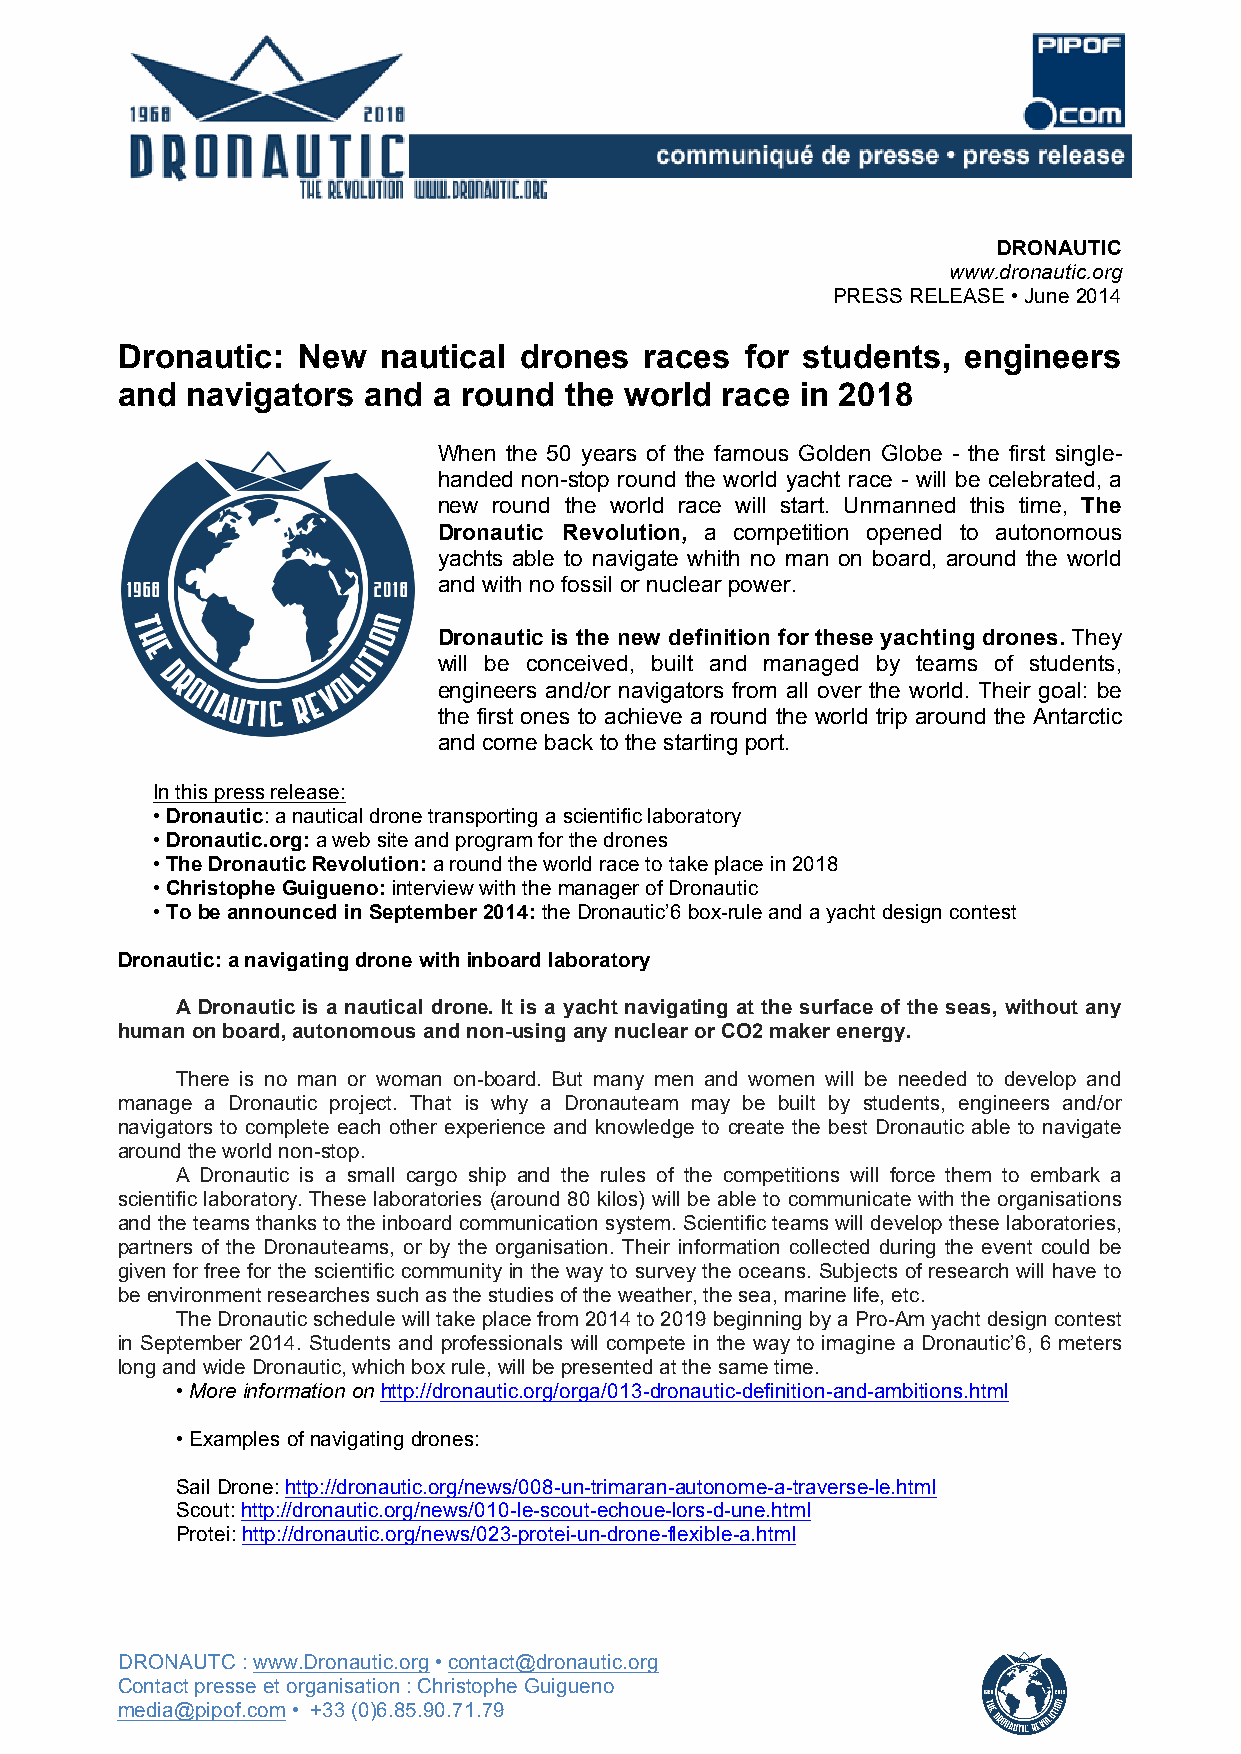
DRONAUTIC
 www.dronautic.org
 PRESS RELEASE • June 2014
 Dronautic:  New  nautical drones   races for students,  engineers
 and navigators  and  a round the world  race in 2018
 When the 50 years of the famous Golden Globe - the first single-
 handed non-stop round the world yacht race - will be celebrated, a
 new round the world race will start. Unmanned this time, The
 Dronautic Revolution, a competition opened to autonomous
 yachts able to navigate whith no man on board, around the world
 and with no fossil or nuclear power.
 Dronautic is the new definition for these yachting drones. They
 will be conceived, built and managed by teams of students,
 engineers and/or navigators from all over the world. Their goal: be
 the first ones to achieve a round the world trip around the Antarctic
 and come back to the starting port.
 In this press release:
 • Dronautic: a nautical drone transporting a scientific laboratory
 • Dronautic.org: a web site and program for the drones
 • The Dronautic Revolution: a round the world race to take place in 2018
 • Christophe Guigueno: interview with the manager of Dronautic
 • To be announced in September 2014: the Dronautic’6 box-rule and a yacht design contest
 Dronautic: a navigating drone with inboard laboratory
 A Dronautic is a nautical drone. It is a yacht navigating at the surface of the seas, without any
 human on board, autonomous and non-using any nuclear or CO2 maker energy.
 There is no man or woman on-board. But many men and women will be needed to develop and
 manage a Dronautic project. That is why a Dronauteam may be built by students, engineers and/or
 navigators to complete each other experience and knowledge to create the best Dronautic able to navigate
 around the world non-stop.
 A Dronautic is a small cargo ship and the rules of the competitions will force them to embark a
 scientific laboratory. These laboratories (around 80 kilos) will be able to communicate with the organisations
 and the teams thanks to the inboard communication system. Scientific teams will develop these laboratories,
 partners of the Dronauteams, or by the organisation. Their information collected during the event could be
 given for free for the scientific community in the way to survey the oceans. Subjects of research will have to
 be environment researches such as the studies of the weather, the sea, marine life, etc.
 The Dronautic schedule will take place from 2014 to 2019 beginning by a Pro-Am yacht design contest
 in September 2014. Students and professionals will compete in the way to imagine a Dronautic’6, 6 meters
 long and wide Dronautic, which box rule, will be presented at the same time.
 • More information on http://dronautic.org/orga/013-dronautic-definition-and-ambitions.html
 • Examples of navigating drones:
 Sail Drone: http://dronautic.org/news/008-un-trimaran-autonome-a-traverse-le.html
 Scout: http://dronautic.org/news/010-le-scout-echoue-lors-d-une.html
 Protei: http://dronautic.org/news/023-protei-un-drone-flexible-a.html
 DRONAUTC : www.Dronautic.org • contact@dronautic.org
 Contact presse et organisation : Christophe Guigueno
 media@pipof.com • +33 (0)6.85.90.71.79